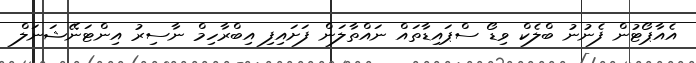
އެއާޕޯޓުން ފެނުނު ބްލެކް ވިޑޯ ސްޕައިޑާތައް ނައްތާލަން ފަށައިފި އިބްރާހިމް ނާސިރު އިންޓަނޭޝަނަލް